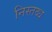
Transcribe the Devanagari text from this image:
निस्तब्ध